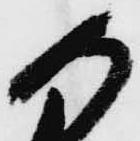
懸